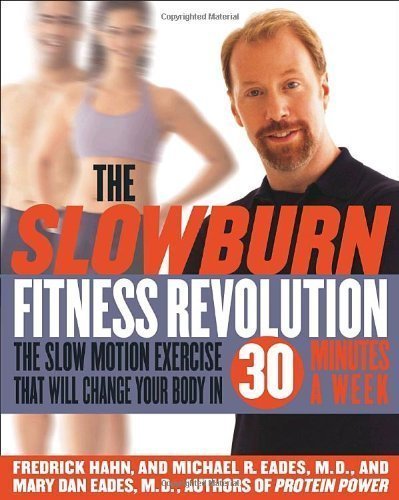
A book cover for The Slow Burn Fitness Revolution: The Slow Motion Exercise That Will Change Your Body in 30 Minutes a Week by Fredrick Hahn (Dec 24 2002); Health, Fitness & Dieting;